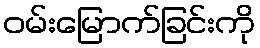
ဝမ်းမြောက်ခြင်းကို